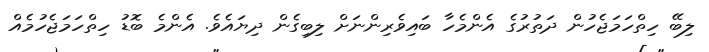
ލިބޭ ހިތްހަމަޖެހުން ދަތުރުގެ އެންމެހާ ބައިވެރިންނަށް ލިބިގެން ދިޔައެވެ. އެންމެ ބޮޑު ހިތްހަމަޖެހުމެއް